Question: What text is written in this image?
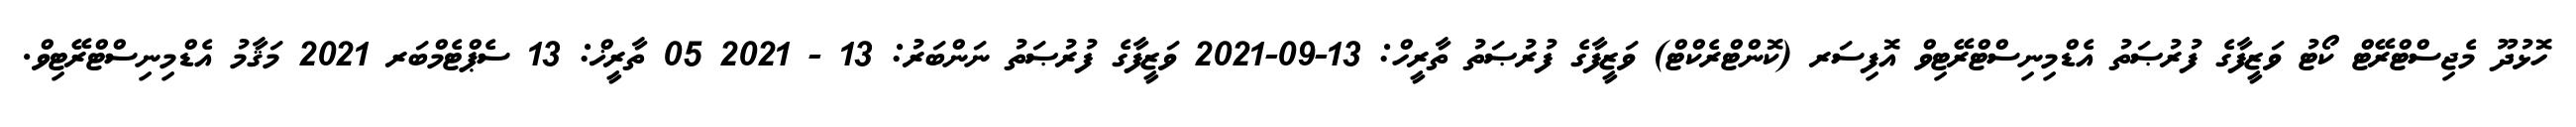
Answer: ހޮޅުދޫ މެޖިސްޓްރޭޓް ކޯޓު ވަޒީފާގެ ފުރުޞަތު އެޑްމިނިސްޓްރޭޓިވް އޮފިސަރ (ކޮންޓްރެކްޓް) ވަޒީފާގެ ފުރުޞަތު ތާރީހް: 13-09-2021 ވަޒީފާގެ ފުރުޞަތު ނަންބަރު: 13 - 2021 05 ތާރީޚް: 13 ސެޕްޓެމްބަރ 2021 މަޤާމު އެޑްމިނިސްޓްރޭޓިވް.